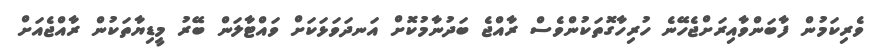
ވެރިކަމުން ފާބަންވާއިރަށްޖެހޭނެ ހުރިހާގޮތަކުންވެސް ރާއްޖެ ބަދުނާމުކޮށް އަނދަވަޅަކަށް ވައްޓާލަން ބޭރު މީޑިޔާތަކުން ރާއްޖެއަށް